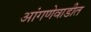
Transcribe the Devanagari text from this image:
आंगणेवाडीत